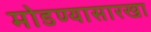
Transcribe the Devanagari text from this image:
मोडण्यासारखा